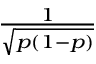
\scriptstyle { \frac { 1 } { \sqrt { p ( 1 - p ) } } }